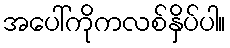
အပေါ်ကိုကလစ်နှိပ်ပါ။